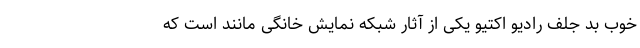
خوب بد جلف رادیو اکتیو یکی از آثار شبکه نمایش خانگی مانند است که